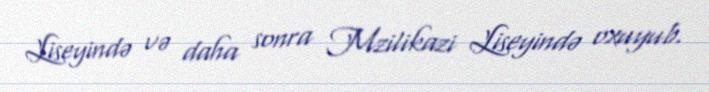
Liseyində və daha sonra Mzilikazi Liseyində oxuyub.